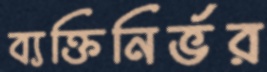
ব্যক্তিনির্ভর